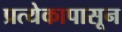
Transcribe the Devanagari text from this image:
प्रत्येकापासून